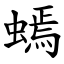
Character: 䗡